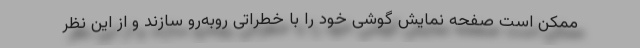
ممکن است صفحه نمایش گوشی خود را با خطراتی روبه‌رو سازند و از این نظر